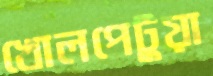
খোলপেটুয়া